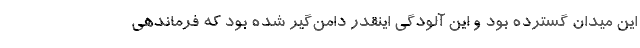
این میدان گسترده بود و این آلودگی اینقدر دامن‌گیر شده بود که فرماندهی